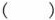
( )